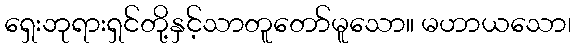
ရှေးဘုရားရှင်တို့နှင့်သာတူတော်မူသော။ မဟာယသော၊